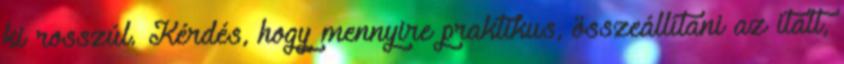
ki rosszúl. Kérdés, hogy mennyire praktikus, összeállítani az italt,